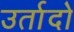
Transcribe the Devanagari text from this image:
उर्तादो